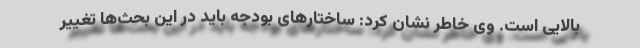
بالایی است. وی خاطر نشان کرد: ساختارهای بودجه باید در این بحث‌ها تغییر